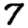
Digit: 7